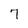
Character: 7